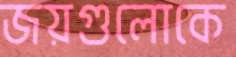
জয়গুলোকে